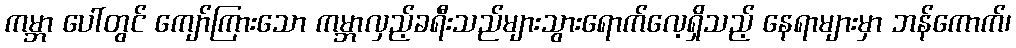
ကမ္ဘာ ပေါ်တွင် ကျော်ကြားသော ကမ္ဘာလှည့်ခရီးသည်များသွားရောက်လေ့ရှိသည့် နေရာများမှာ ဘန်ကောက်၊